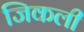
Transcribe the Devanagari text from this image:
जिकली